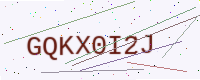
Text: GQKX0I2J